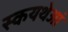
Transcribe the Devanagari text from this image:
स्कयथेआं